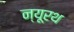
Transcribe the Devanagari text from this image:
न्यूरथ